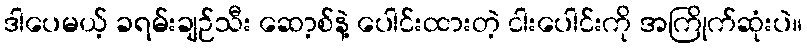
ဒါပေမယ့် ခရမ်းချဉ်သီး ဆော့စ်နဲ့ ပေါင်းထားတဲ့ ငါးပေါင်းကို အကြိုက်ဆုံးပဲ။